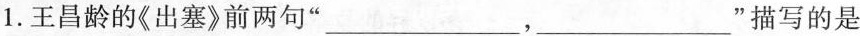
1.王昌龄的《出塞》前两句” ___，___”描写的是